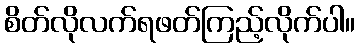
စိတ်လိုလက်ရဖတ်ကြည့်လိုက်ပါ။